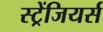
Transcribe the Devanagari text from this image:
स्ट्रेंजियर्स